Civil Veterinary Dept. Assam report 1927-50 - 1927-1950
Year: 1927
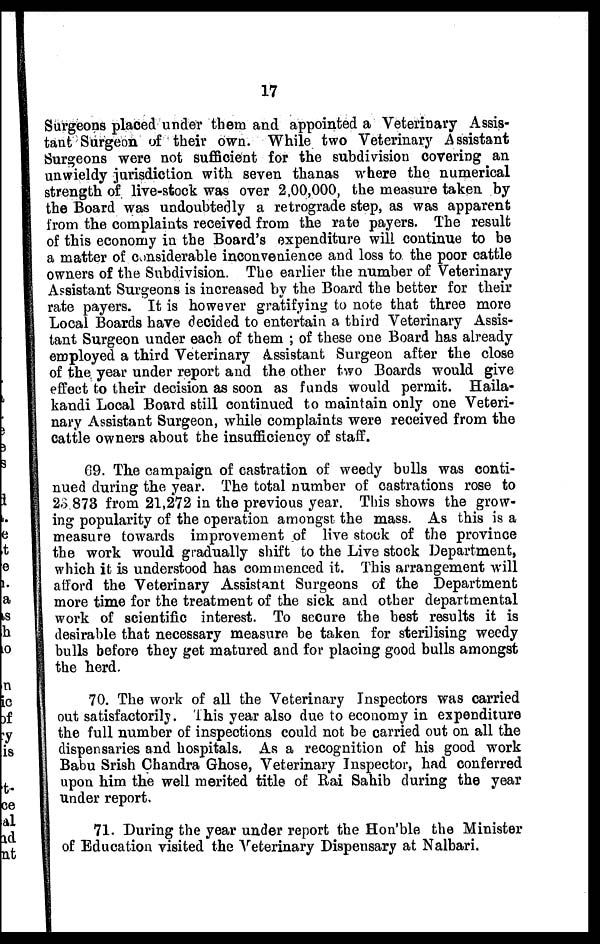
17
Surgeons placed under them and appointed a Veterinary Assis-
tant Surgeon of their own. While two Veterinary Assistant
Surgeons were not sufficient for the subdivision covering an
unwieldy jurisdiction with seven thanas where the numerical
strength of live-stock was over 2,00,000, the measure taken by
the Board was undoubtedly a retrograde step, as was apparent
from the complaints received from the rate payers. The result
of this economy in the Board's expenditure will continue to be
a matter of considerable inconvenience and loss to the poor cattle
owners of the Subdivision. The earlier the number of Veterinary
Assistant Surgeons is increased by the Board the better for their
rate payers. It is however gratifying to note that three more
Local Boards have decided to entertain a third Veterinary Assis-
tant Surgeon under each of them ; of these one Board has already
employed a third Veterinary Assistant Surgeon after the close
of the year under report and the other two Boards would give
effect to their decision as soon as funds would permit. Haila-
kandi Local Board still continued to maintain only one Veteri-
nary Assistant Surgeon, while complaints were received from the
cattle owners about the insufficiency of staff.
09. The campaign of castration of weedy bulls was conti-
nued during the year. The total number of castrations rose to
23 873 from 21,272 in the previous year. This shows the grow-
ing popularity of the operation amongst the mass. As this is a
measure towards improvement of live stock of the province
the work would gradually shift to the Live stock Department,
which it is understood has commenced it. This arrangement will
afford the Veterinary Assistant Surgeons of the Department
more time for the treatment of the sick and other departmental
work of scientific interest. To secure the best results it is
desirable that necessary measure be taken for sterilising weedy
bulls before they get matured and for placing good bulls amongst
the herd.
70. The work of all the Veterinary Inspectors was carried
out satisfactorily. This year also due to economy in expenditure
the full number of inspections could not be carried out on all the
dispensaries and hospitals. As a recognition of his good work
Babu Srish Chandra Ghose, Veterinary Inspector, had conferred
upon him the well merited title of Rai Sahib during the year
Under report.
71. During the year under report the Hon'ble the Minister
of Education visited the Veterinary Dispensary at Nalbari.